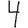
Digit: 4